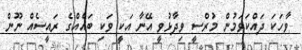
ވާހަކަ ދައްކަވަމުން މުރްސީ ވިދާޅުވީ އޭނާ އަކީ ވަކި ބައެއްގެ ރައީސެއް ނޫން